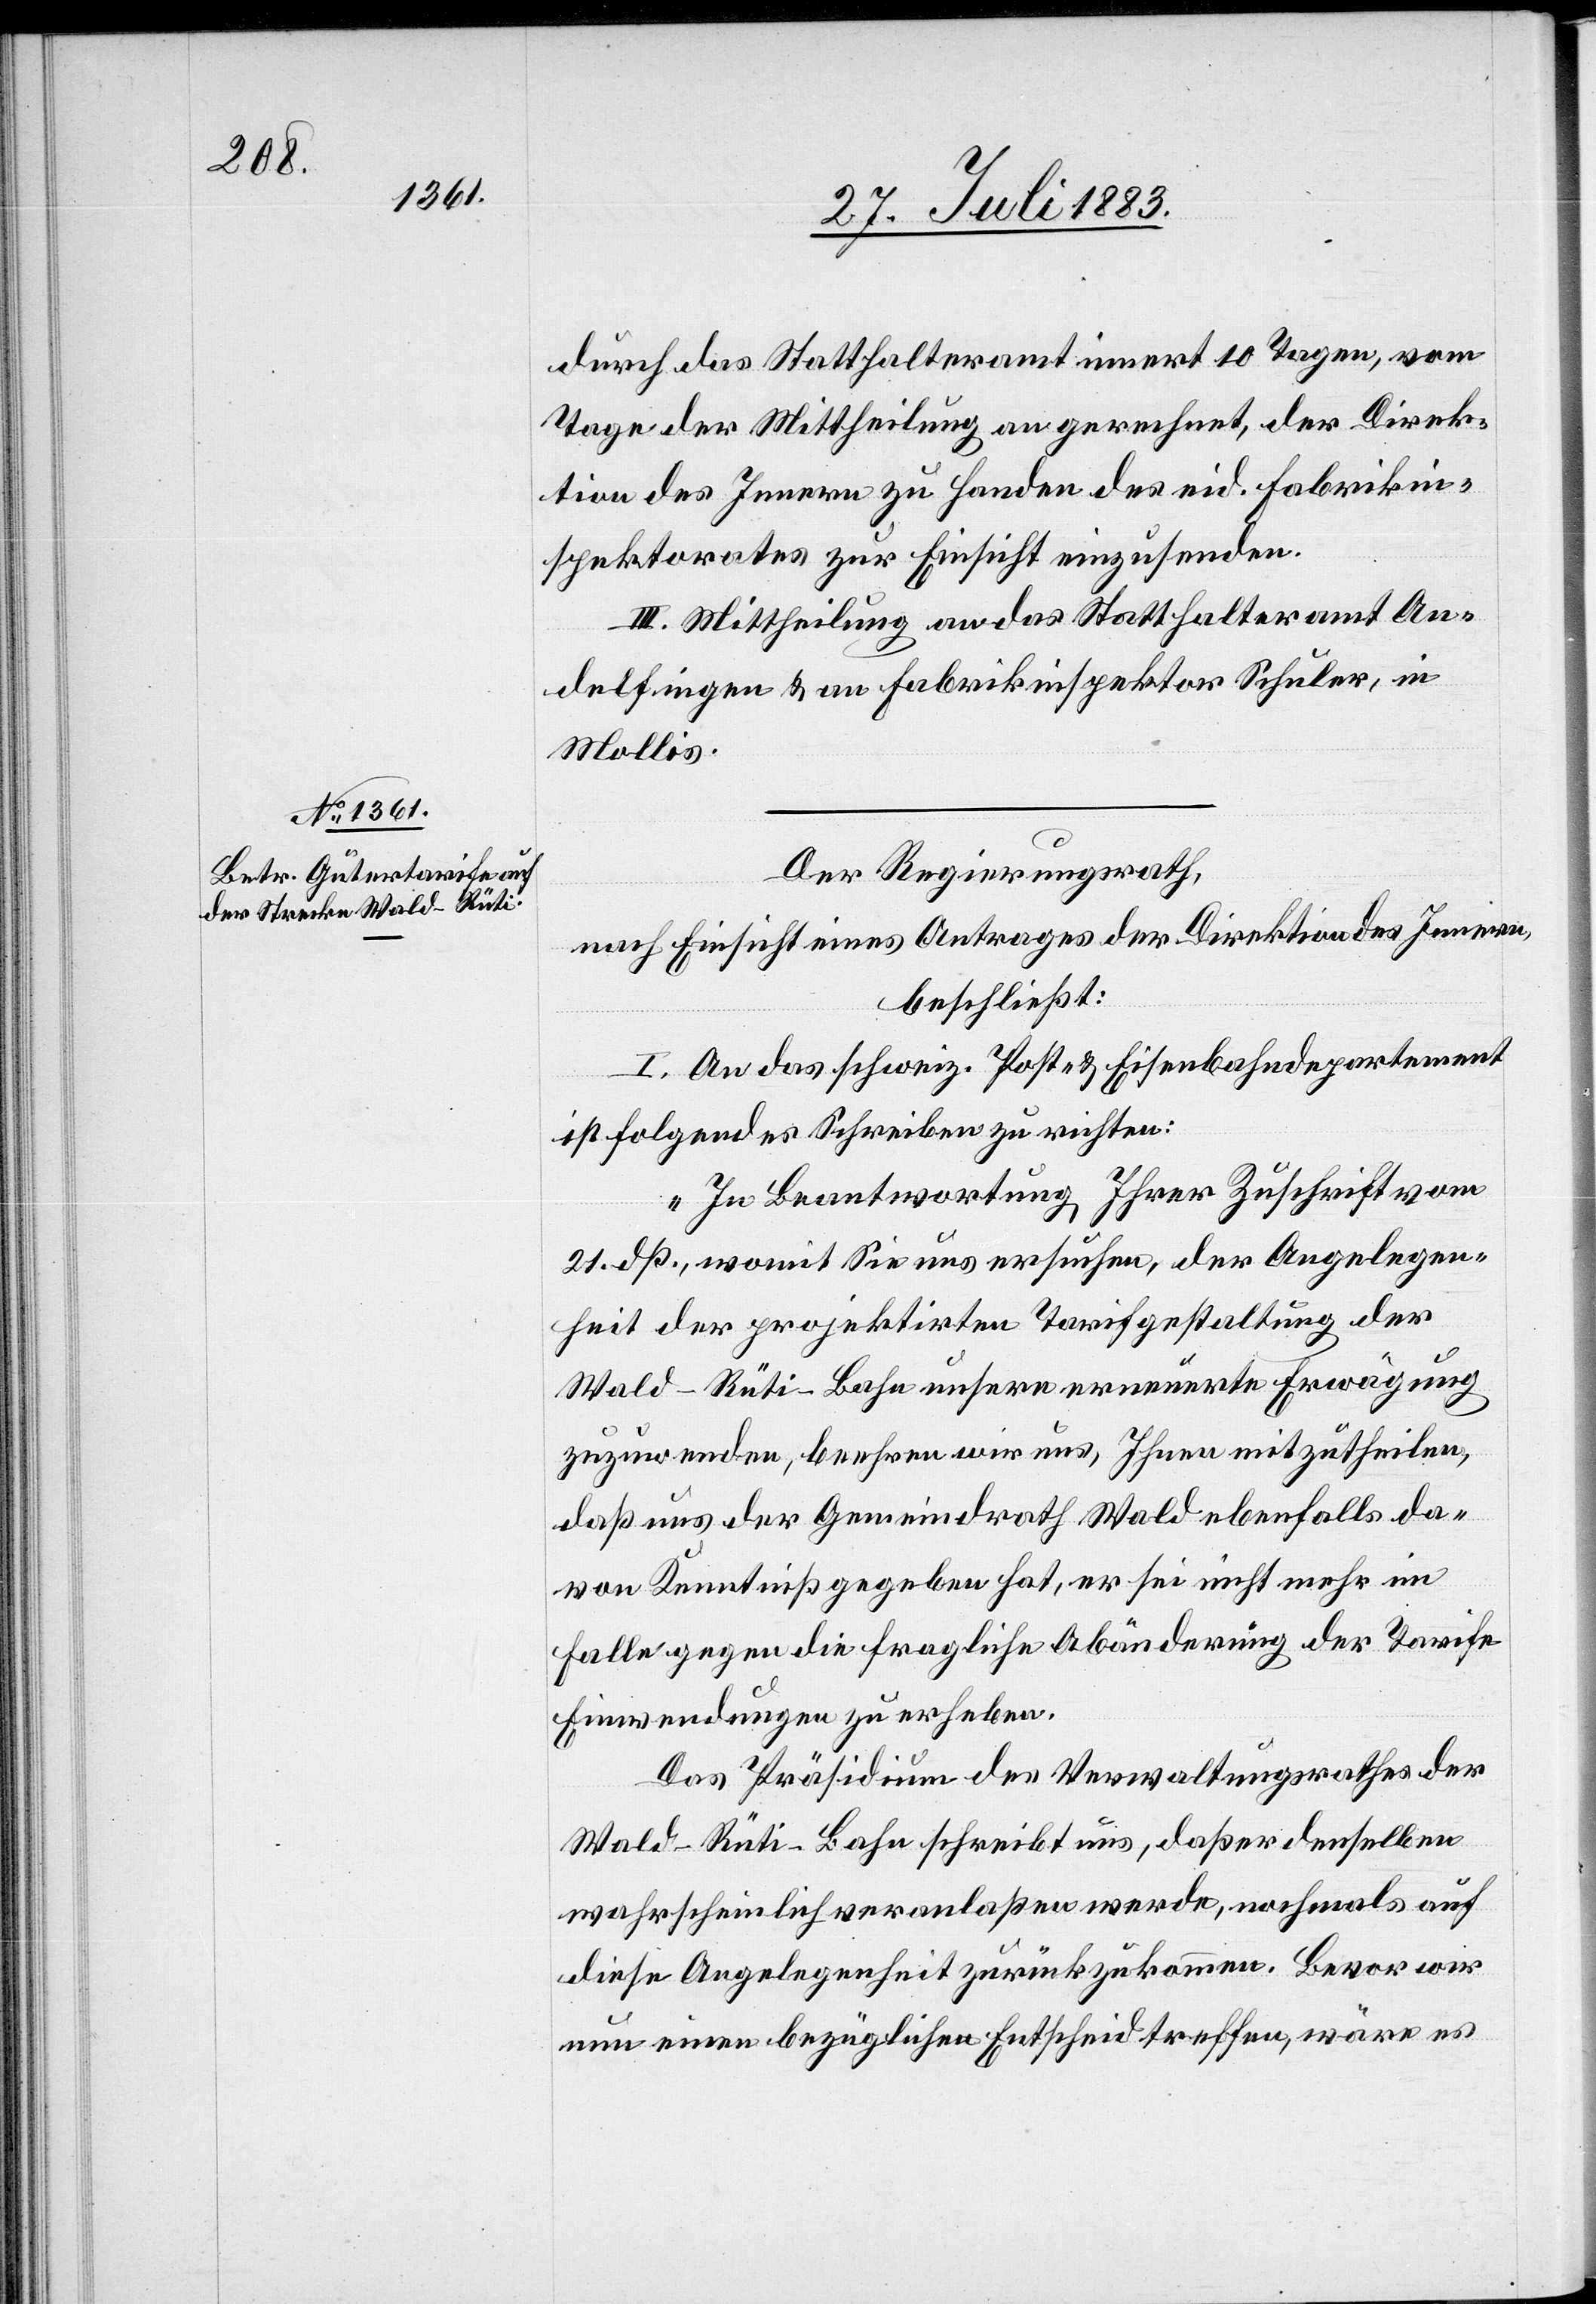
durch das Statthalteramt innert 10 Tagen, vom
Tage der Mittheilung an gerechnet, der Direk¬
tion des Innern zu Handen des eid. Fabrikin¬
spektorates zur Einsicht einzusenden.
III. Mittheilung an das Statthalteramt An¬
delfingen & an Fabrikinspektor Schuler, in
Mollis.
Der Regierungsrath,
nach Einsicht eines Antrages der Direktion des Innern,
beschließt:
I. An das schweiz. Post- & Eisenbahndepartement
ist folgendes Schreiben zu richten:
„In Beantwortung Ihrer Zuschrift vom
21. dß., womit Sie uns ersuchen, der Angelegen¬
heit der projektirten Tarifgestaltung der
Wald–Rüti-Bahn unsere erneuerte Erwägung
zuzuwenden, beehren wir uns, Ihnen mitzutheilen,
daß uns der Gemeindrath Wald ebenfalls da¬
von Kenntniß gegeben hat, er sei nicht mehr im
Falle gegen die fragliche Abänderung der Tarife
Einwendungen zu erheben.
Das Präsidium des Verwaltungsrathes der
Wald–Rüti-Bahn schreibt uns, daß er denselben
wahrscheinlich veranlaßen werde, nochmals auf
diese Angelegenheit zurückzukommen. Bevor wir
nun einen bezüglichen Entscheid treffen, wäre es